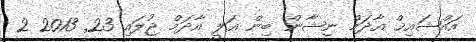
އައްޝައިޚް އާދަމް ނިޝާން ބިން ޢަލީ އާދަމް ޖުލައި 23